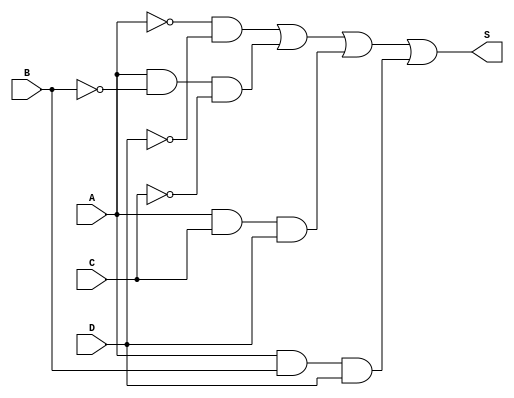
// S = A'D' + AB'C' + ACD + ABD

module circuito(input A, input B, input C, input D,
                output S);
    wire NOTA, NOTB, NOTC, NOTD;
    wire ANDS1, ANDS2, ANDS3, ANDS4;
    
    not NOT1(NOTA, A);
    not NOT2(NOTB, B);
    not NOT3(NOTC, C);
    not NOT4(NOTD, D);
    
    and AND1(ANDS1, NOTA, NOTD);
    and AND2(ANDS2, A, NOTB, NOTC);
    and AND3(ANDS3, A, C, D);
    and AND4(ANDS4, A, B, D);
    
    or OR1(S, ANDS1, ANDS2, ANDS3, ANDS4);
endmodule

module teste();
    reg A, B, C, D;
    wire S;
    
    circuito CIRC(A, B, C, D, S);
    
    reg [3:0] COUNTER; // contador
    
    initial begin
        $monitor("%b%b%b%b => %b (%d)", A, B, C, D, S, COUNTER);
        
        COUNTER = 0;
        while (COUNTER < 15)
            #1 COUNTER = COUNTER + 1;
    end
    always @ (COUNTER) begin
        A = COUNTER[3];
        B = COUNTER[2];
        C = COUNTER[1];
        D = COUNTER[0];
    end
endmodule